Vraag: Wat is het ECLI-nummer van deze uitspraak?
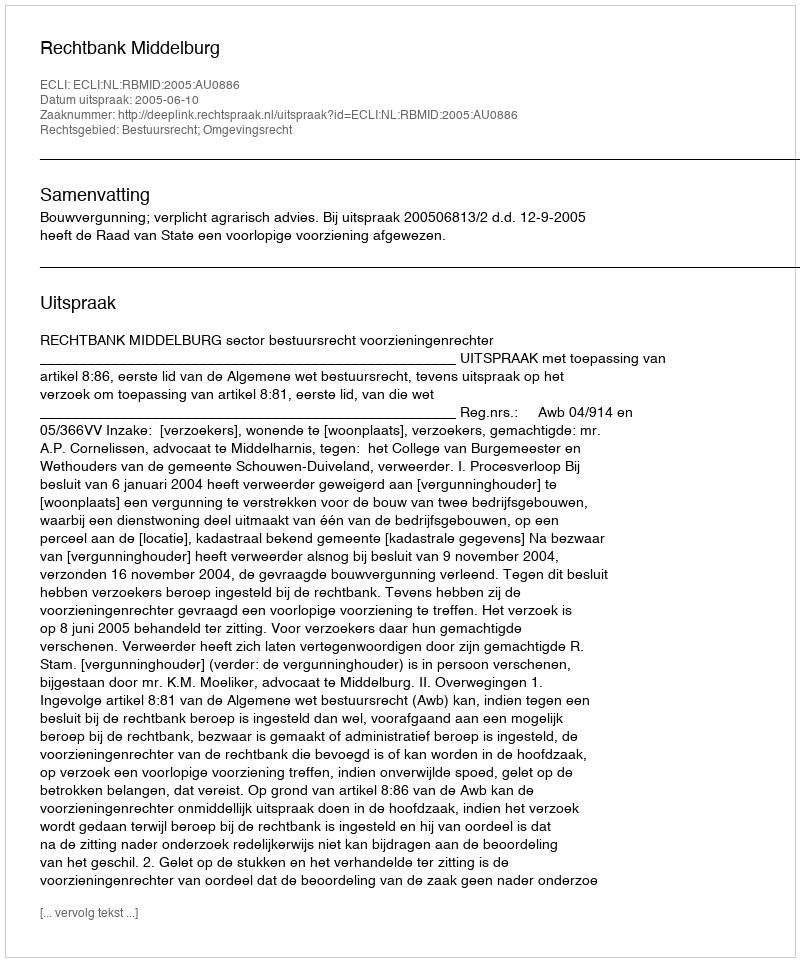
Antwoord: ECLI:NL:RBMID:2005:AU0886